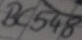
Text: BC548